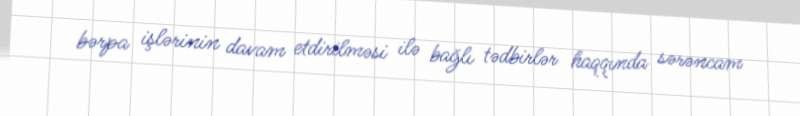
bərpa işlərinin davam etdirilməsi ilə bağlı tədbirlər haqqında sərəncam